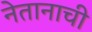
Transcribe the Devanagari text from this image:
नेतानाची